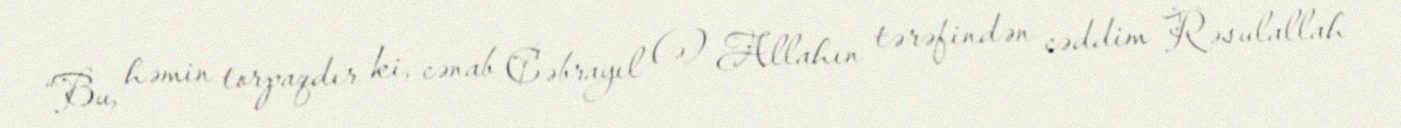
“Bu, həmin torpaqdır ki, cənab Cəbrayıl (ə) Allahın tərəfindən cəddim Rəsulallah